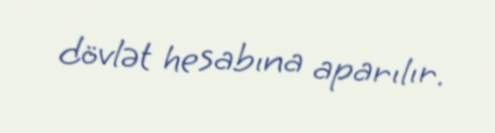
dövlət hesabına aparılır.